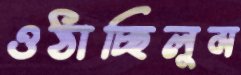
ওঠাচ্ছিলুম